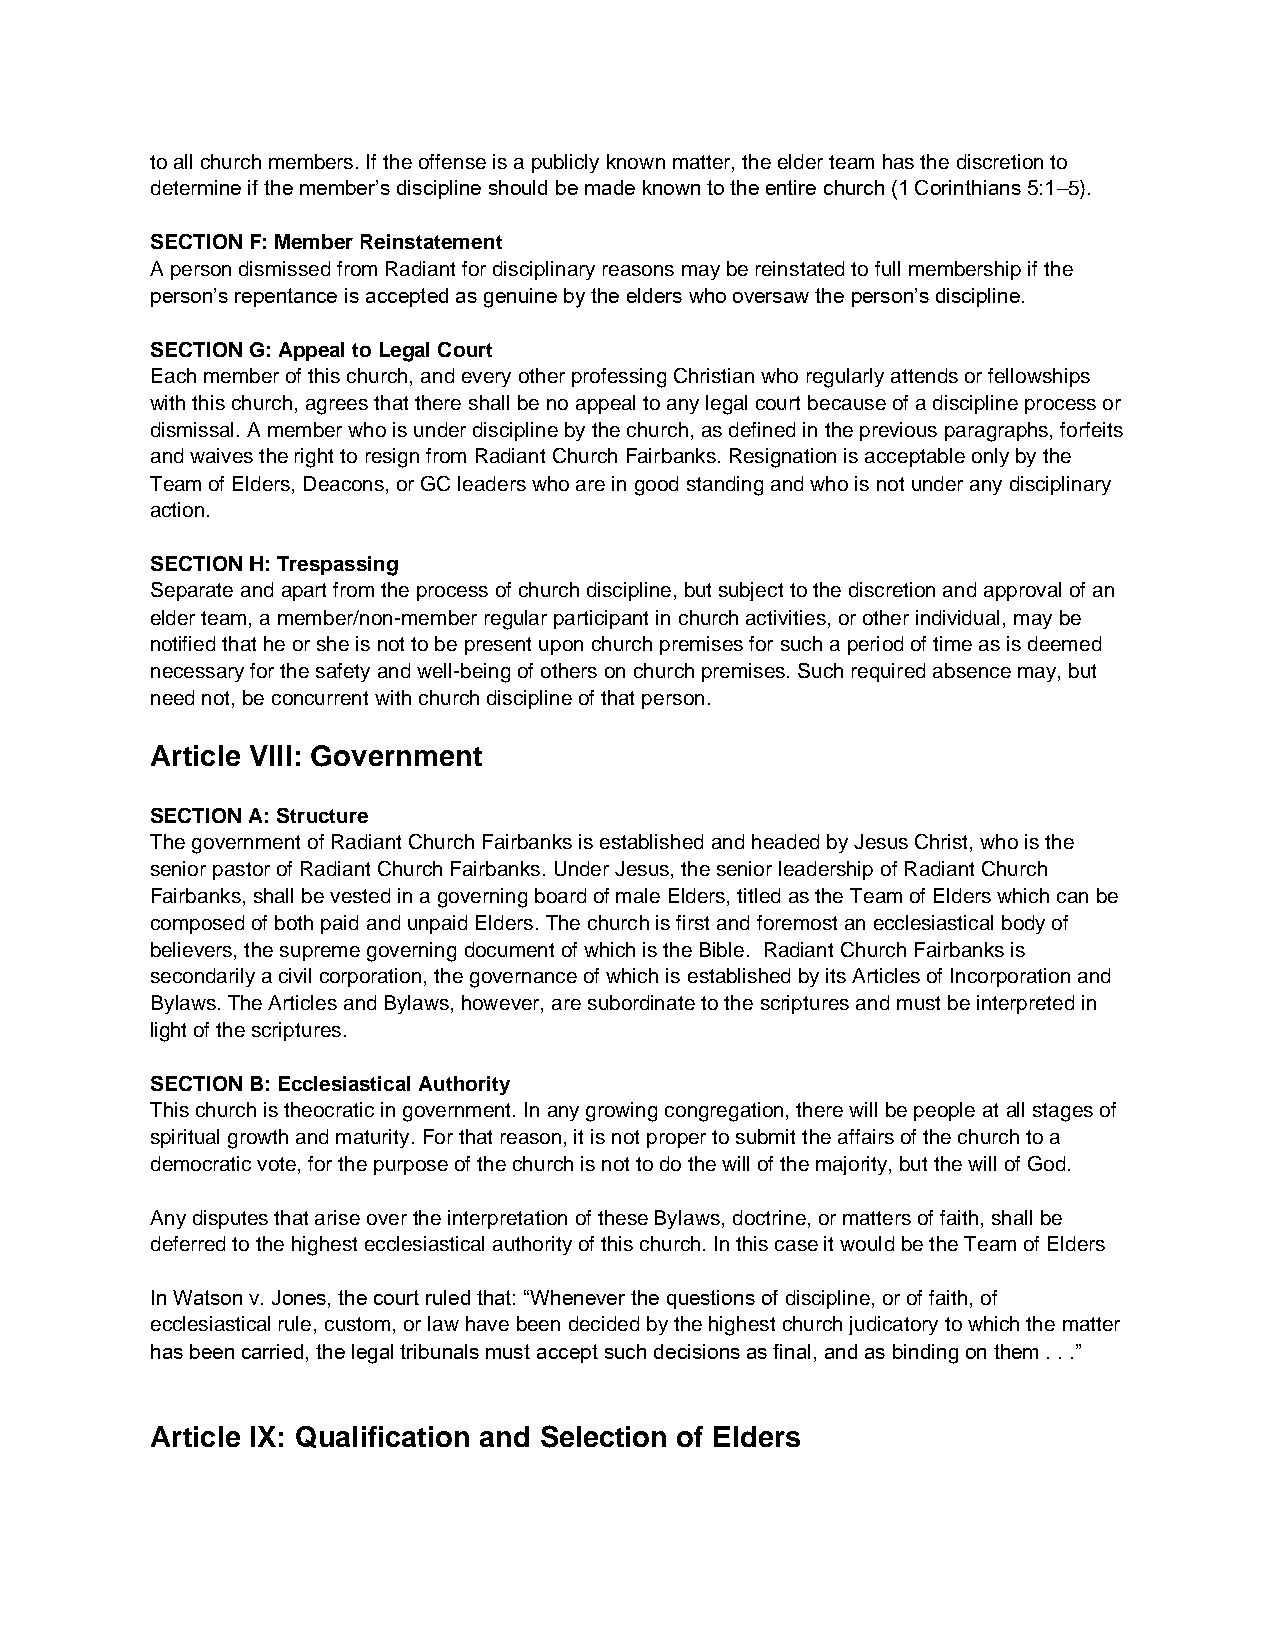
to all church members. If the offense is a publicly known matter, the elder team has the discretion to
 determine if the member’s discipline should be made known to the entire church (1 Corinthians 5:1–5).
 SECTION F: Member Reinstatement
 A person dismissed from Radiant for disciplinary reasons may be reinstated to full membership if the
 person’s repentance is accepted as genuine by the elders who oversaw the person’s discipline.
 SECTION G: Appeal to Legal Court
 Each member of this church, and every other professing Christian who regularly attends or fellowships
 with this church, agrees that there shall be no appeal to any legal court because of a discipline process or
 dismissal. A member who is under discipline by the church, as defined in the previous paragraphs, forfeits
 and waives the right to resign from Radiant Church Fairbanks. Resignation is acceptable only by the
 Team of Elders, Deacons, or GC leaders who are in good standing and who is not under any disciplinary
 action.
 SECTION H: Trespassing
 Separate and apart from the process of church discipline, but subject to the discretion and approval of an
 elder team, a member/non-member regular participant in church activities, or other individual, may be
 notified that he or she is not to be present upon church premises for such a period of time as is deemed
 necessary for the safety and well-being of others on church premises. Such required absence may, but
 need not, be concurrent with church discipline of that person.
 Article VIII: Government
 SECTION A: Structure
 The government of Radiant Church Fairbanks is established and headed by Jesus Christ, who is the
 senior pastor of Radiant Church Fairbanks. Under Jesus, the senior leadership of Radiant Church
 Fairbanks, shall be vested in a governing board of male Elders, titled as the Team of Elders which can be
 composed of both paid and unpaid Elders. The church is first and foremost an ecclesiastical body of
 believers, the supreme governing document of which is the Bible. Radiant Church Fairbanks is
 secondarily a civil corporation, the governance of which is established by its Articles of Incorporation and
 Bylaws. The Articles and Bylaws, however, are subordinate to the scriptures and must be interpreted in
 light of the scriptures.
 SECTION B: Ecclesiastical Authority
 This church is theocratic in government. In any growing congregation, there will be people at all stages of
 spiritual growth and maturity. For that reason, it is not proper to submit the affairs of the church to a
 democratic vote, for the purpose of the church is not to do the will of the majority, but the will of God.
 Any disputes that arise over the interpretation of these Bylaws, doctrine, or matters of faith, shall be
 deferred to the highest ecclesiastical authority of this church. In this case it would be the Team of Elders
 In Watson v. Jones, the court ruled that: “Whenever the questions of discipline, or of faith, of
 ecclesiastical rule, custom, or law have been decided by the highest church judicatory to which the matter
 has been carried, the legal tribunals must accept such decisions as final, and as binding on them . . .”
 Article IX: Qualification and Selection of Elders